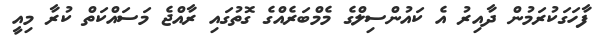
ފާހަގަކުރަމުން ދާއިރު އެ ކައުންސިލްގެ މެމްބަރެއްގެ ގޮތުގައި ރާއްޖެ މަސައްކަތް ކުރާ މިއީ